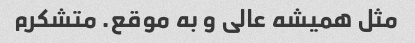
مثل همیشه عالی و به موقع. متشکرم